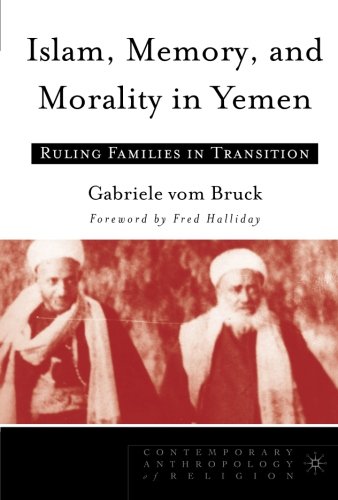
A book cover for Islam, Memory, and Morality in Yemen: Ruling Families in Transition (Contemporary Anthropology of Religion); Gabriele vom Bruck; History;